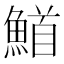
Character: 𮬅